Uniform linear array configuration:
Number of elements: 24
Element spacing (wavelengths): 0.5
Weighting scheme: blackman
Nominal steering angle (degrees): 60
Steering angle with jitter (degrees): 60.651
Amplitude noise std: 0.05
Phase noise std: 0.05

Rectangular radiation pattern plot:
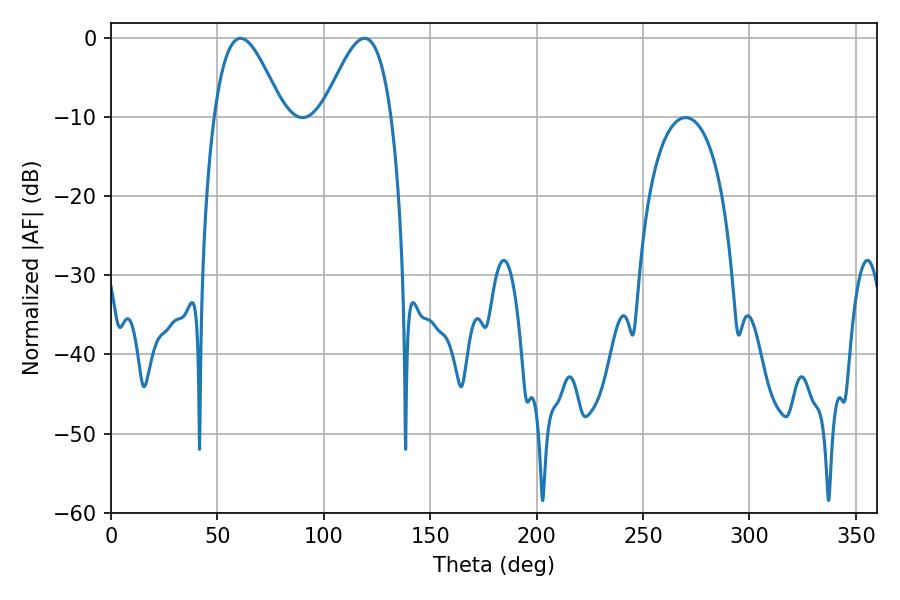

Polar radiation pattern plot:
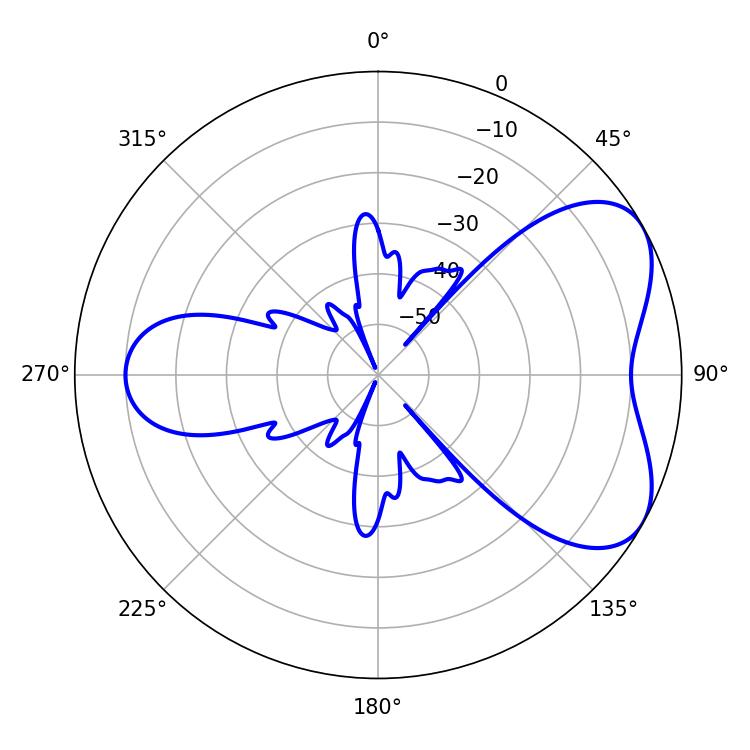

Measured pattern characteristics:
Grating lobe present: FALSE
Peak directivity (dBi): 5.422
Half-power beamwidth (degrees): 17.28
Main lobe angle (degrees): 60.84